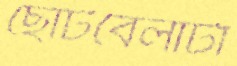
ছোটবেলাটা